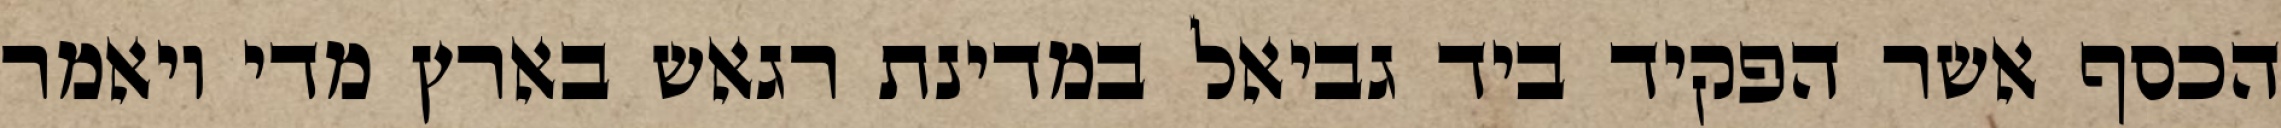
הכסף אשר הפקיד ביד גביאל במדינת רגאש בארץ מדי ויאמר